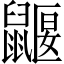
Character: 鼴